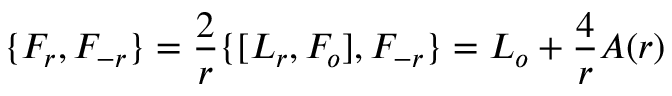
\{ F _ { r } , F _ { - r } \} = \frac { 2 } { r } \{ [ L _ { r } , F _ { o } ] , F _ { - r } \} = L _ { o } + \frac { 4 } { r } A ( r )